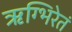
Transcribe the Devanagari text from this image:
ऋग्भिरेतं